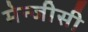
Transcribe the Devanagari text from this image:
मेन्जीसी